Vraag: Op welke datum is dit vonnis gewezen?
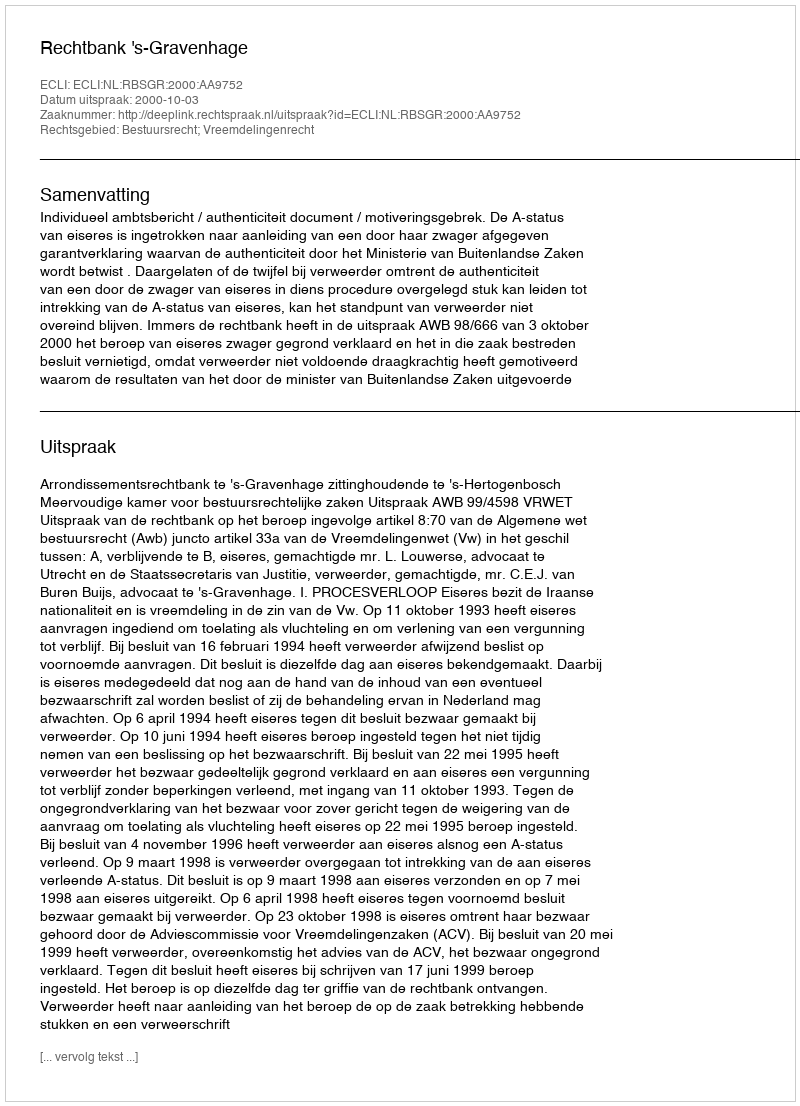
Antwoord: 2000-10-03